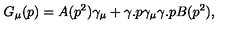
G _ { \mu } ( p ) = A ( p ^ { 2 } ) \gamma _ { \mu } + \gamma . p \gamma _ { \mu } \gamma . p B ( p ^ { 2 } ) ,